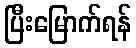
ပြီးမြောက်ရန်